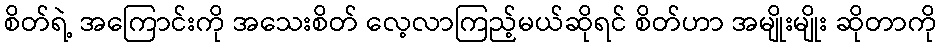
စိတ်ရဲ့ အကြောင်းကို အသေးစိတ် လေ့လာကြည့်မယ်ဆိုရင် စိတ်ဟာ အမျိုးမျိုး ဆိုတာကို